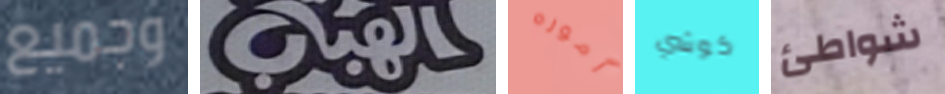
وجميع الهباب أموره كوشي شواطئ